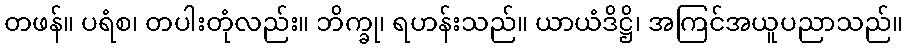
တဖန်။ ပရံစ၊ တပါးတုံလည်း။ ဘိက္ခု၊ ရဟန်းသည်။ ယာယံဒိဋ္ဌိ၊ အကြင်အယူပညာသည်။